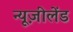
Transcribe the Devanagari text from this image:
न्यूज़ीलेंड